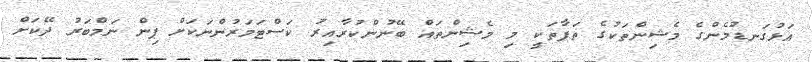
އަޅުގަނޑުމެންގެ މެޝިންތަކުގެ ތަފާތަކީ މި މެޝިންތައް ބޭނުންކުރާއިރު ކަސްޓަމަރުންނަކަށް ޕިން ނަމްބަރު ދޭކަށް